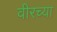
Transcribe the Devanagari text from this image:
वीरच्या